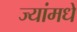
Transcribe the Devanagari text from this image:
ज्यांमधे